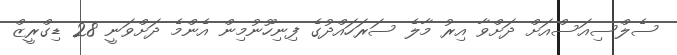
ސެލްސިއަސްއަށް ދަށްވާ އިރު މާލެ ސަރަަހައްދުގެ ފިނިހޫނުމިން އެންމެ ދަށްވަނީ 28 ޑިގްރީޒް